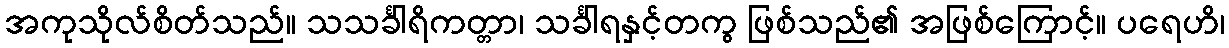
အကုသိုလ်စိတ်သည်။ သသင်္ခါရိကတ္တာ၊ သင်္ခါရနှင့်တကွ ဖြစ်သည်၏ အဖြစ်ကြောင့်။ ပရေဟိ၊